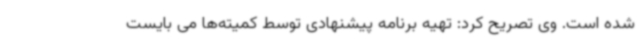
شده است. وی تصریح کرد: تهیه برنامه پیشنهادی توسط کمیته‌ها می بایست